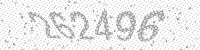
Solution: 262496